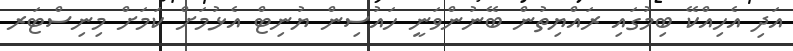
އަދި އެހިއްކޭ ބިމުގައި ރައްޔިތުން ބޭނުންވަނީ ހައުސިން ޔުނިޓް އެޅުމަށް ކަމަށް މިނިސްޓަރ